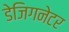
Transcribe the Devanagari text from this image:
डेजिगनेटर